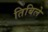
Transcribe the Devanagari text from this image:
तिबिले